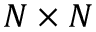
N \times N